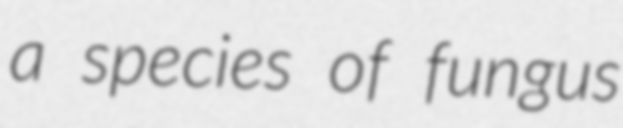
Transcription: a species of fungus